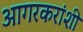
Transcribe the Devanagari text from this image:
आगरकरांशी